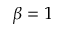
\beta = 1